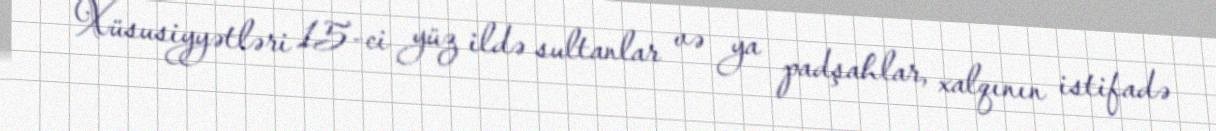
Xüsusiyyətləri 15-ci yüz ildə sultanlar və ya padşahlar, xalqının istifadə